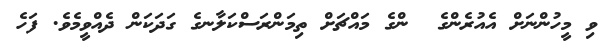
ވި މީހުންނަށް އެއުރެންގެ  ންގެ މައްޗަށް ތިމަންރަސްކަލާނގެ ގަދަކަން ދެއްވީމެވެ. ފަހެ